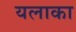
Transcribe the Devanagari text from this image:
यलाका